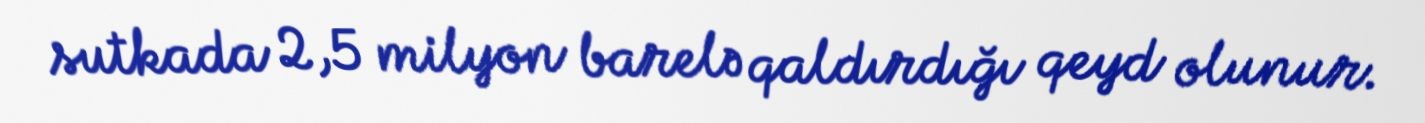
sutkada 2,5 milyon barelə qaldırdığı qeyd olunur.